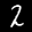
Label: 2